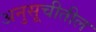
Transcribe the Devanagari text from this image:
अनुसूचीतील